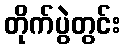
တိုက်ပွဲတွင်း